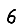
Digit: 6